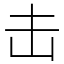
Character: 击